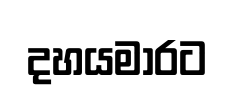
දහයමාරට